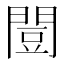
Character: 𫔡